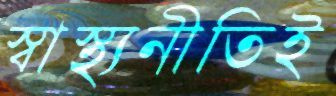
স্বাস্থ্যনীতিই